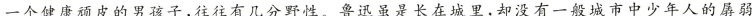
一个健康顽皮的男孩子,往往有几分野性。鲁迅虽是长在城里,却没有一般城市中少年人的屏弱